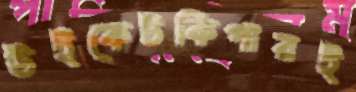
উইকেটকিপারই